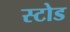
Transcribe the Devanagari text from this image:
स्टोड